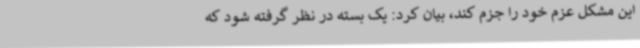
این مشکل عزم خود را جزم کند، بیان کرد: یک بسته در نظر گرفته شود که